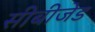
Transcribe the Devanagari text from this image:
सीबीजेड